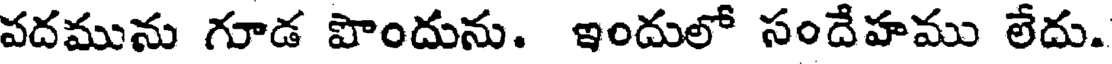
పదమును గూడ పొందును. ఇందులో సందేహము లేదు.